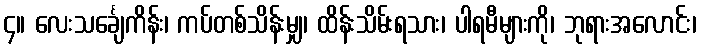
၄။ လေးသင်္ချေကိန်း၊ ကပ်တစ်သိန်းမျှ၊ ထိန်းသိမ်းရသား၊ ပါရမီများကို၊ ဘုရားအလောင်း၊